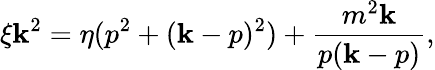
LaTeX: \xi\mathbf{k}^{2}=\eta(p^{2}+(\mathbf{k}-p)^{2})+\frac{{m^{2}\mathbf{k}}}{{p(\mathbf{k}-p)}},